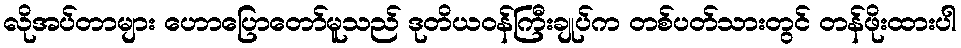
လိုအပ်တာများ ဟောပြောတော်မူသည် ဒုတိယဝန်ကြီးချုပ်က တစ်ပတ်သားတွင် တန်ဖိုးထားပါ